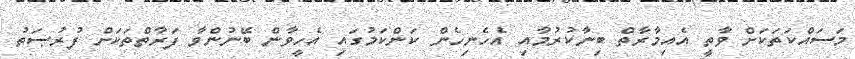
މަސައްކަތަކަށް ވާތީ އެއިމާރާތް ބިނާކުރުމާއި އެހެނިހެން ކަންކަމުގައި އެހީވާން ބޭނުންވާ ފަރާތްތަކަށް ފުރުޞަތު